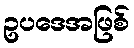
ဥပဒေအဖြစ်